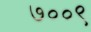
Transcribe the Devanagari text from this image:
७००९